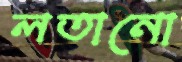
লতানো